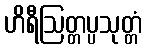
ဟိရီဩတ္တပ္ပသုတ္တံ